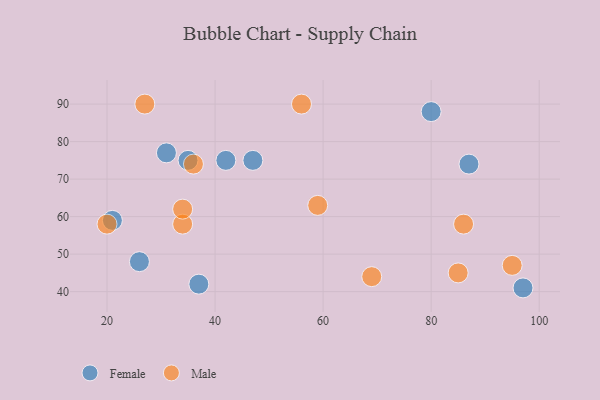
{"axis": {"x": "GDP", "y": "Life Expectancy"}, "legend": ["Female", "Male"], "data": [{"x": "42", "y": 75, "type": "Female"}, {"x": "87", "y": 74, "type": "Female"}, {"x": "37", "y": 42, "type": "Female"}, {"x": "80", "y": 88, "type": "Female"}, {"x": "26", "y": 48, "type": "Female"}, {"x": "47", "y": 75, "type": "Female"}, {"x": "35", "y": 75, "type": "Female"}, {"x": "21", "y": 59, "type": "Female"}, {"x": "31", "y": 77, "type": "Female"}, {"x": "97", "y": 41, "type": "Female"}, {"x": "34", "y": 58, "type": "Male"}, {"x": "95", "y": 47, "type": "Male"}, {"x": "86", "y": 58, "type": "Male"}, {"x": "59", "y": 63, "type": "Male"}, {"x": "69", "y": 44, "type": "Male"}, {"x": "85", "y": 45, "type": "Male"}, {"x": "34", "y": 62, "type": "Male"}, {"x": "20", "y": 58, "type": "Male"}, {"x": "36", "y": 74, "type": "Male"}, {"x": "56", "y": 90, "type": "Male"}, {"x": "27", "y": 90, "type": "Male"}]}